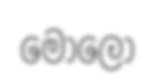
මොලෝ